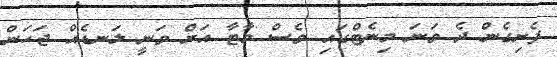
ފެށިގެން ދެ ވަނަ މިނެޓްގައި ވެސް މާޓާ އަށް ވަނީ ލަނޑެއް ޖަހަން